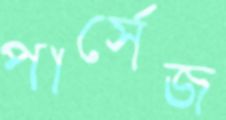
পার্সেজ